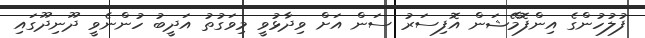
ފުލުހުންގެ އިންފޮމޭޝަން އޮފިސަރު ސަން އަށް ވިދާޅުވީ މިވަގުތު އަދީބު ހުންނެވީ ދޫނިދޫގައި